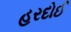
હરદોઈ